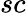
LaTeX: sc